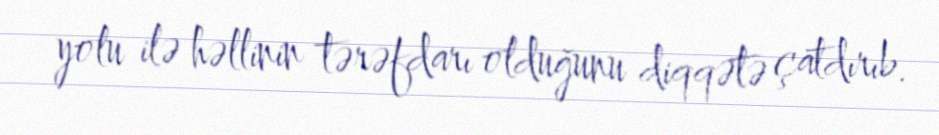
yolu ilə həllinin tərəfdarı olduğunu diqqətə çatdırıb.